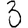
Digit: 3